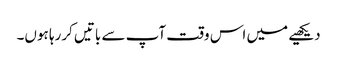
دیکھیے میں اس وقت آپ سے باتیں کررہا ہوں۔